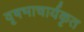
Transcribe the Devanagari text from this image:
वृषभाचार्यकृत